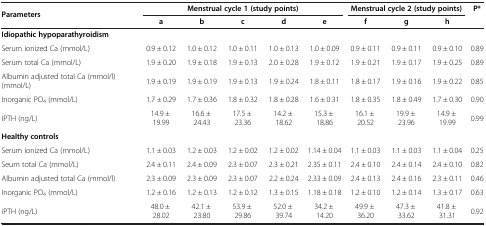
<table><thead><tr><td><b>Parameters</b></td><td colspan="5"><b>Menstrual cycle 1 (study points)</b></td><td colspan="3"><b>Menstrual cycle 2 (study points)</b></td><td><b>P*</b></td></tr><tr><td><b> </b></td><td><b>a</b></td><td><b>b</b></td><td><b>c</b></td><td><b>d</b></td><td><b>e</b></td><td><b>f</b></td><td><b>g</b></td><td><b>h</b></td><td><b> </b></td></tr></thead><tbody><tr><td colspan="9"><b>Idiopathic hypoparathyroidism</b></td><td> </td></tr><tr><td>Serum ionized Ca (mmol/L)</td><td>0.9 ± 0.12</td><td>1.0 ± 0.12</td><td>1.0 ± 0.11</td><td>1.0 ± 0.13</td><td>1.0 ± 0.09</td><td>0.9 ± 0.11</td><td>0.9 ± 0.11</td><td>0.9 ± 0.10</td><td>0.89</td></tr><tr><td>Serum total Ca (mmol/L)</td><td>1.9 ± 0.20</td><td>1.9 ± 0.18</td><td>1.9 ± 0.13</td><td>2.0 ± 0.28</td><td>1.9 ± 0.12</td><td>1.9 ± 0.21</td><td>1.9 ± 0.17</td><td>1.9 ± 0.25</td><td>0.89</td></tr><tr><td>Albumin adjusted total Ca (mmol/l) (mmol/L)</td><td>1.9 ± 0.19</td><td>1.9 ± 0.19</td><td>1.9 ± 0.13</td><td>1.9 ± 0.24</td><td>1.8 ± 0.11</td><td>1.8 ± 0.17</td><td>1.9 ± 0.16</td><td>1.9 ± 0.22</td><td>0.85</td></tr><tr><td>Inorganic PO<sub>4</sub> (mmol/L)</td><td>1.7 ± 0.29</td><td>1.7 ± 0.36</td><td>1.8 ± 0.32</td><td>1.8 ± 0.28</td><td>1.6 ± 0.31</td><td>1.8 ± 0.35</td><td>1.8 ± 0.49</td><td>1.7 ± 0.30</td><td>0.90</td></tr><tr><td>IPTH (ng/L)</td><td>14.9 ± 19.99</td><td>16.6 ± 24.43</td><td>17.5 ± 23.36</td><td>14.2 ± 18.62</td><td>15.3 ± 18.86</td><td>16.1 ± 20.52</td><td>19.9 ± 23.96</td><td>14.9 ± 19.99</td><td>0.99</td></tr><tr><td colspan="9"><b>Healthy controls</b></td><td> </td></tr><tr><td>Serum ionized Ca (mmol/L)</td><td>1.1 ± 0.03</td><td>1.2 ± 0.03</td><td>1.2 ± 0.02</td><td>1.2 ± 0.02</td><td>1.14 ± 0.04</td><td>1.1 ± 0.03</td><td>1.1 ± 0.03</td><td>1.1 ± 0.04</td><td>0.25</td></tr><tr><td>Seum total Ca (mmol/L)</td><td>2.4 ± 0.11</td><td>2.4 ± 0.09</td><td>2.3 ± 0.07</td><td>2.3 ± 0.21</td><td>2.35 ± 0.11</td><td>2.4 ± 0.10</td><td>2.4 ± 0.14</td><td>2.4 ± 0.10</td><td>0.82</td></tr><tr><td>Albumin adjusted total Ca (mmol/l)</td><td>2.3 ± 0.09</td><td>2.3 ± 0.09</td><td>2.3 ± 0.07</td><td>2.2 ± 0.24</td><td>2.33 ± 0.09</td><td>2.4 ± 0.13</td><td>2.4 ± 0.16</td><td>2.3 ± 0.11</td><td>0.46</td></tr><tr><td>Inorganic PO<sub>4</sub> (mmol/L)</td><td>1.2 ± 0.16</td><td>1.2 ± 0.13</td><td>1.2 ± 0.12</td><td>1.3 ± 0.15</td><td>1.18 ± 0.18</td><td>1.2 ± 0.10</td><td>1.2 ± 0.14</td><td>1.3 ± 0.17</td><td>0.63</td></tr><tr><td>iPTH (ng/L)</td><td>48.0 ± 28.02</td><td>42.1 ± 23.80</td><td>53.9 ± 29.86</td><td>52.0 ± 39.74</td><td>34.2 ± 14.20</td><td>49.9 ± 36.20</td><td>47.3 ± 33.62</td><td>41.8 ± 31.31</td><td>0.92</td></tr></tbody></table>